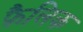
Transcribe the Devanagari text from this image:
फ़ैलिक